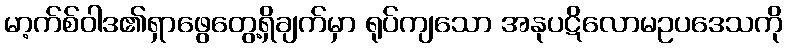
မာ့က်စ်ဝါဒ၏ရှာဖွေတွေ့ရှိချက်မှာ ရုပ်ကျသော အနုပဋိလောမဥပဒေသကို